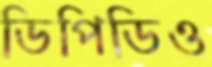
ডিপিডিও